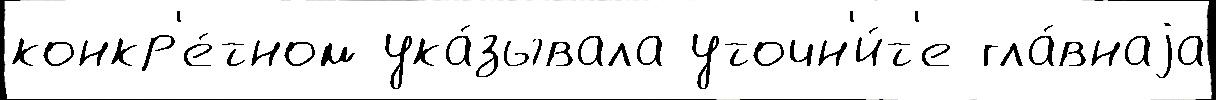
конкр'е́тном ука́зывала уточн'и́т'е гла́внаjа